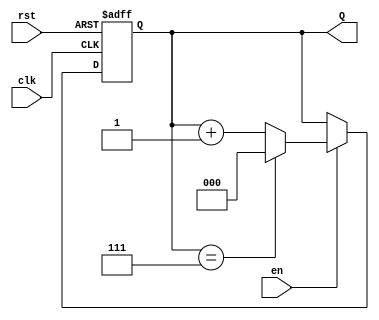
module up_counter_moore (
    input wire clk,        // Clock input
    input wire rst,       // Asynchronous reset input
    input wire en,        // Enable input
    output reg [2:0] Q    // 3-bit output representing the current count
);

// State transition logic
always @(posedge clk or posedge rst) begin
    if (rst) begin
        // If reset is asserted, set count to 0
        Q <= 3'b000;
    end else if (en) begin
        // If enable is high, increment the count
        if (Q == 3'b111) begin
            // If maximum count (7) is reached, wrap around to 0
            Q <= 3'b000;
        end else begin
            // Increment the count
            Q <= Q + 1;
        end
    end
    // If enable is low, retain the current state (do nothing)
end

endmodule